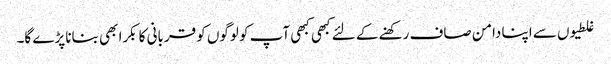
غلطیوں سے اپنا دامن صاف رکھنے کے لئے کبھی کبھی آپ کو لوگوں کو قربانی کا بکرا بھی بنانا پڑے گا۔